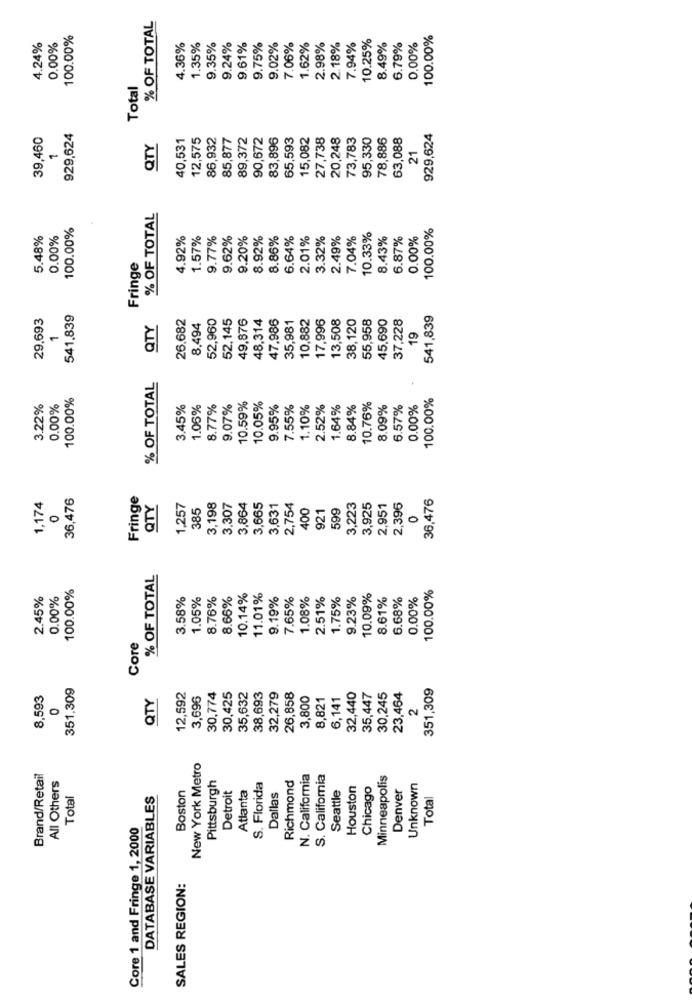
% OF TOTAL
100.00%
10.25%
100.00%
4.24%
0.00%
4.36%
1.35%
9.35%
9.24%
9.61%
9.75%
9.02%
7.06%
1.62%
2.98%
2.18%
7.94%
8.49%
6.79%
0.00%
Total
39,460
929,624
40,531
12,575
86,932
85,877
89,372
90,672
83,896
65,593
15,082
27,738
20,248
73,783
95,330
78,886
63,088
929,624
QTY
1
21
% OF TOTAL
100.00%
100.00%
5.48%
0.00%
4.92%
1.57%
9.77%
9.62%
9.20%
8.92%
8.86%
6.64%
2.01%
3.32%
2.49%
7.04%
10.33%
8.43%
6.87%
0.00%
Fringe
29,693
541,839
26.682
52,960
52.145
49,876
48,314
47,986
35,981
10,882
17,996
13,508
38,120
55,958
45,690
37,228
541,839
QTY
8,494
1
19
% OF TOTAL
100.00%
100.00%
3.22%
0.00%
3.45%
1.06%
8.77%
9.07%
10.59%
10.05%
9.95%
7.55%
1.10%
2.52%
1.64%
8.84%
10.76%
8.09%
6.57%
0.00%
36,476
Fringe
3,307
36,476
1,174
QTY
1,257
385
3,198
3,864
3,665
3,631
2,754
400
921
599
3,223
3,925
2,951
2,396
0
0
% OF TOTAL
100.00%
100.00%
2.45%
0.00%
3.58%
1.05%
8.76%
8.66%
10.14%
11.01%
9.19%
7.65%
1.08%
2.51%
1.75%
9.23%
10.09%
8.61%
6.68%
0.00%
Core
351,309
12,592
351,309
8,593
QTY
3,696
30,774
30,425
35,632
38,693
32,279
26,858
3,800
8,821
6,141
32,440
35,447
30,245
23,464
0
2
New York Metro
Brand/Retail
Richmond
N. California
S. California
Minneapolis
All Others
Boston
Pittsburgh
Detroit
Atlanta
S. Florida
Houston
Chicago
Unknown
Total
DATABASE VARIABLES
Dallas
Seattle
Denver
Total
Core 1 and Fringe 1, 2000
SALES REGION: